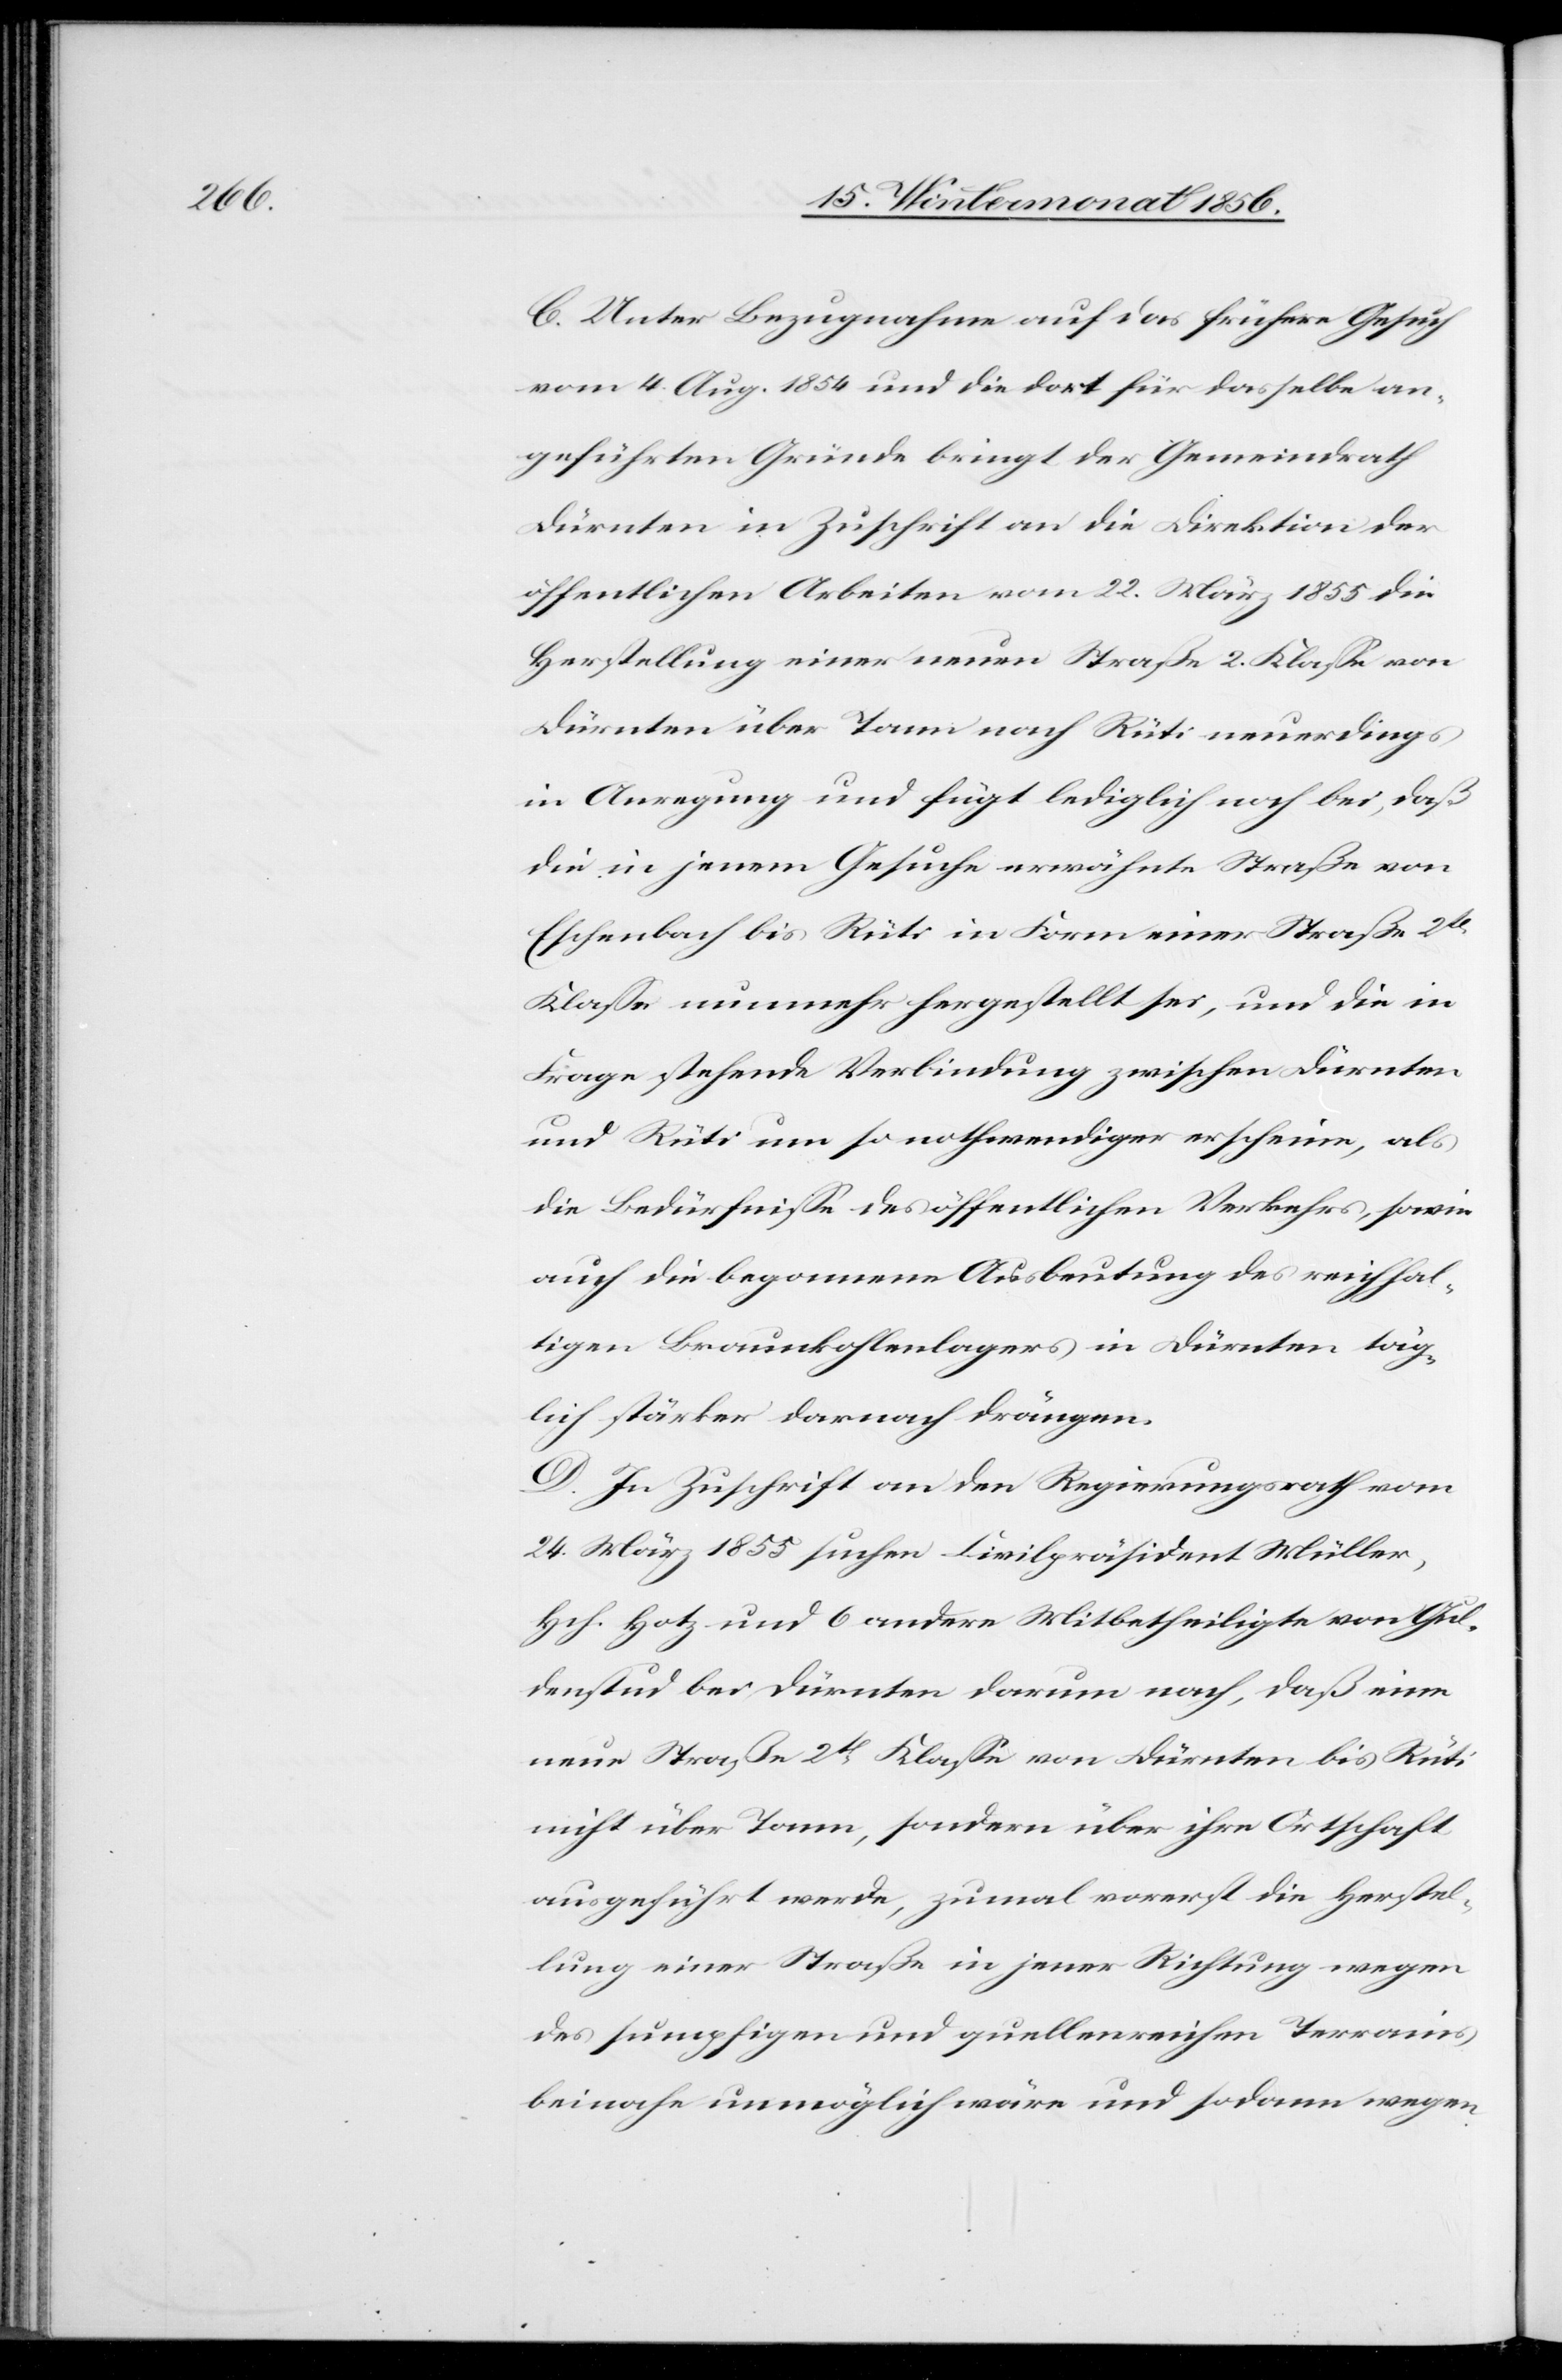
C. Unter Bezugnahme auf das frühere Gesuch
vom 4. Aug. 1854 und die dort für dasselbe an¬
geführten Gründe bringt der Gemeindrath
Dürnten in Zuschrift an die Direktion der
öffentlichen Arbeiten vom 22. März 1855 die
Herstellung einer neuen Straße 2. Klasse von
Dürnten über Tann nach Rüti neuerdings
in Anregung und fügt lediglich noch bei, daß
die in jenem Gesuche erwähnte Straße von
Eschenbach bis Rüti in Form einer Straße 2t
Klasse nunmehr hergestellt sei, und die in
Frage stehende Verbindung zwischen Dürnten
und Rüti um so nothwendiger erscheine, als
die Bedürfnisse des öffentlichen Verkehrs, sowie
auch die begonnene Ausbeutung des reichhal¬
tigen Braunkohlenlagers in Dürnten täg¬
lich stärker darnach drängen.
D. In Zuschrift an den Regierungsrath vom
24. März 1855 suchen Civilpräsident Müller,
Hch. Hotz und 6 andere Mitbetheiligte von Gul¬
denstud bei Dürnten darum nach, daß eine
neue Straße 2t Klasse von Dürnten bis Rüti
nicht über Tann, sondern über ihre Ortschaft
ausgeführt werde, zumal vorerst die Herstel¬
lung einer Straße in jener Richtung wegen
des sumpfigen und quellenreichen Terrains
beinahe unmöglich wäre und sodann wegen